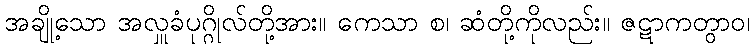
အချို့သော အလှူခံပုဂ္ဂိုလ်တို့အား။ ကေသာ စ၊ ဆံတို့ကိုလည်း။ ဇဋာကတွာဝ၊